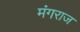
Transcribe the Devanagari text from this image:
मंगराज